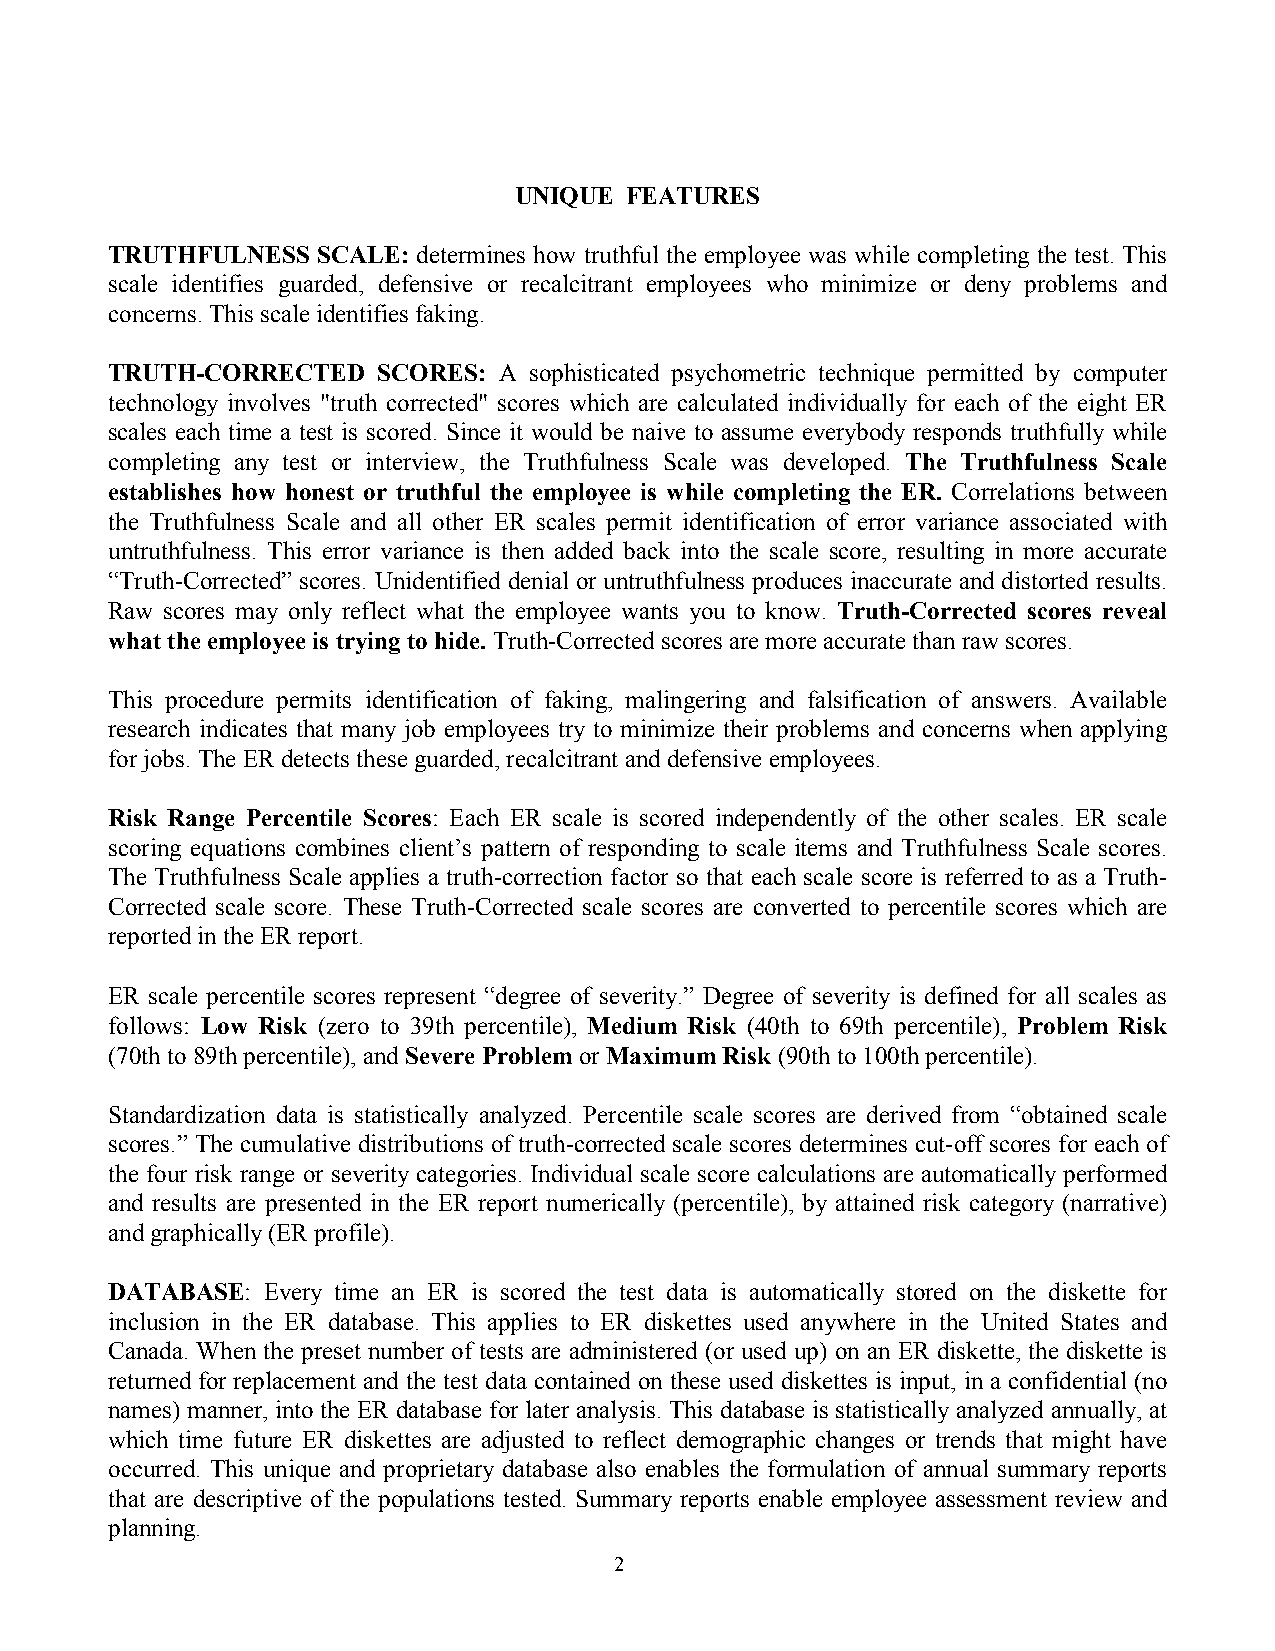
UNIQUE  FEATURES
 TRUTHFULNESS  SCALE: determines how truthful the employee was while completing the test. This
 scale identifies guarded, defensive or recalcitrant employees who minimize or deny problems and
 concerns. This scale identifies faking.
 TRUTH-CORRECTED   SCORES: A sophisticated psychometric technique permitted by computer
 technology involves "truth corrected" scores which are calculated individually for each of the eight ER
 scales each time a test is scored. Since it would be naive to assume everybody responds truthfully while
 completing any test or interview, the Truthfulness Scale was developed. The Truthfulness Scale
 establishes how honest or truthful the employee is while completing the ER. Correlations between
 the Truthfulness Scale and all other ER scales permit identification of error variance associated with
 untruthfulness. This error variance is then added back into the scale score, resulting in more accurate
 “Truth-Corrected” scores. Unidentified denial or untruthfulness produces inaccurate and distorted results.
 Raw scores may only reflect what the employee wants you to know. Truth-Corrected scores reveal
 what the employee is trying to hide. Truth-Corrected scores are more accurate than raw scores.
 This procedure permits identification of faking, malingering and falsification of answers. Available
 research indicates that many job employees try to minimize their problems and concerns when applying
 for jobs. The ER detects these guarded, recalcitrant and defensive employees.
 Risk Range Percentile Scores: Each ER scale is scored independently of the other scales. ER scale
 scoring equations combines client’s pattern of responding to scale items and Truthfulness Scale scores.
 The Truthfulness Scale applies a truth-correction factor so that each scale score is referred to as a Truth-
 Corrected scale score. These Truth-Corrected scale scores are converted to percentile scores which are
 reported in the ER report.
 ER scale percentile scores represent “degree of severity.” Degree of severity is defined for all scales as
 follows: Low Risk (zero to 39th percentile), Medium Risk (40th to 69th percentile), Problem Risk
 (70th to 89th percentile), and Severe Problem or Maximum Risk (90th to 100th percentile).
 Standardization data is statistically analyzed. Percentile scale scores are derived from “obtained scale
 scores.” The cumulative distributions of truth-corrected scale scores determines cut-off scores for each of
 the four risk range or severity categories. Individual scale score calculations are automatically performed
 and results are presented in the ER report numerically (percentile), by attained risk category (narrative)
 and graphically (ER profile).
 DATABASE: Every time an ER is scored the test data is automatically stored on the diskette for
 inclusion in the ER database. This applies to ER diskettes used anywhere in the United States and
 Canada. When the preset number of tests are administered (or used up) on an ER diskette, the diskette is
 returned for replacement and the test data contained on these used diskettes is input, in a confidential (no
 names) manner, into the ER database for later analysis. This database is statistically analyzed annually, at
 which time future ER diskettes are adjusted to reflect demographic changes or trends that might have
 occurred. This unique and proprietary database also enables the formulation of annual summary reports
 that are descriptive of the populations tested. Summary reports enable employee assessment review and
 planning.
 2